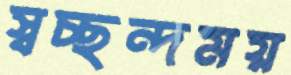
স্বচ্ছন্দময়